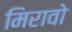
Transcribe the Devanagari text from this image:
मिरावो